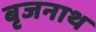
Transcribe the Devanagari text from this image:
बृजनाथ